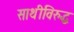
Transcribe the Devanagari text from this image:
साथीविरुद्ध